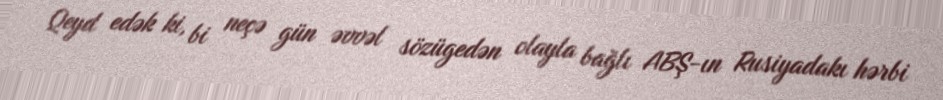
Qeyd edək ki, bi neçə gün əvvəl sözügedən olayla bağlı ABŞ-ın Rusiyadakı hərbi